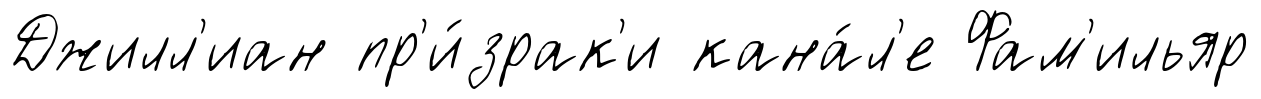
Джилл'иан пр'и́зрак'и кана́л'е Фам'ильяр